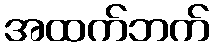
အထက်ဘက်